Mental hospitals Bombay report 1921-28 - 1921-1928
Year: 1921
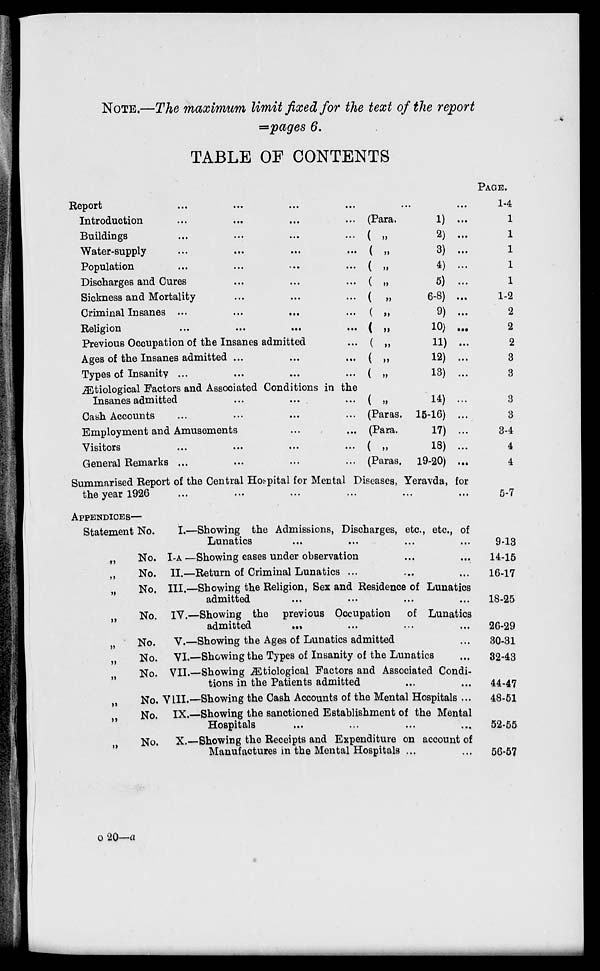
NOTE.—The maximum limit fixed for the text of the report
=pages 6.
TABLE OF CONTENTS
Report
...
...
...
...
...
...
Introduction ... ... ... ...
Buildings ... ... ... ...
Water-supply ... ... ... ...
Population
...
...
...
...
Discharges and Cures ... ... ...
Sickness and Mortality ... ... ...
Criminal Insanes ...
...
...
...
Religion
...
...
...
...
Previous Occupation of the Insanes admitted ...
Ages of the Insanes admitted ... ... ...
Types of Insanity ... ... ... ...
Ætiological Factors and Associated Conditions in the
Insanes admitted
...
...
...
Cash Accounts ... ... ... ...
Employment and Amusements ... ...
Visitors ... ... ... ...
General Remarks ... ... ... ...
(Para.
1) ...
(
„
2) ...
( „
3) ...
(
„
4) ...
(
„
5) ...
(
„
6-8) ...
(
„
9) ...
(
„
10) ...
(
„
11) ...
( „
12) ...
( „
13) ...
( „
14) ...
(Paras. 15-16) ...
(Para.
17) ...
( „
18) ...
(Paras. 19-20) ...
Summarised Report of the Central Hospital for Mental Diseases, Yeravda, for
the year 1926 ... ... ... ...
PAGE.
1-4
1
1
1
1
1
1-2
2
2
2
3
3
3
3
3-4
4
4
5-7
APPENDICES—
Statement No.
I.—
„
No. I-A —
„ No. II.—
„ No. III.—
„ No. IV.—
„
No. V.—
„ No. VI.—
„
No. VII.—
„ No. VIII.—
„
No. IX.—
„
No. X.—
Showing the Admissions, Discharges, etc., etc., of
Lunatics ... ... ... ...
Showing cases under observation ... ...
Return of Criminal Lunatics ... ... ...
Showing the Religion, Sex and Residence of Lunatics
admitted
...
...
...
...
Showing the previous Occupation of Lunatics
admitted ... ... ... ...
Showing the Ages of Lunatics admitted ...
Showing the Types of Insanity of the Lunatics ...
Showing Ætiological Factors and Associated Condi-
tions in the Patients admitted ... ...
Showing the Cash Accounts of the Mental Hospitals ...
Showing the sanctioned Establishment of the Mental
Hospitals ... ... ... ...
Showing the Receipts and Expenditure on account of
Manufactures in the Mental Hospitals ... ...
9-13
14-15
16-17
18-25
26-29
30-31
32-43
44-47
48-51
52-55
56-57
o 20—a